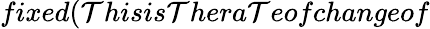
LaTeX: fixed(\mathcal{T}hisis\mathcal{T}hera\mathcal{T}eofchangeof